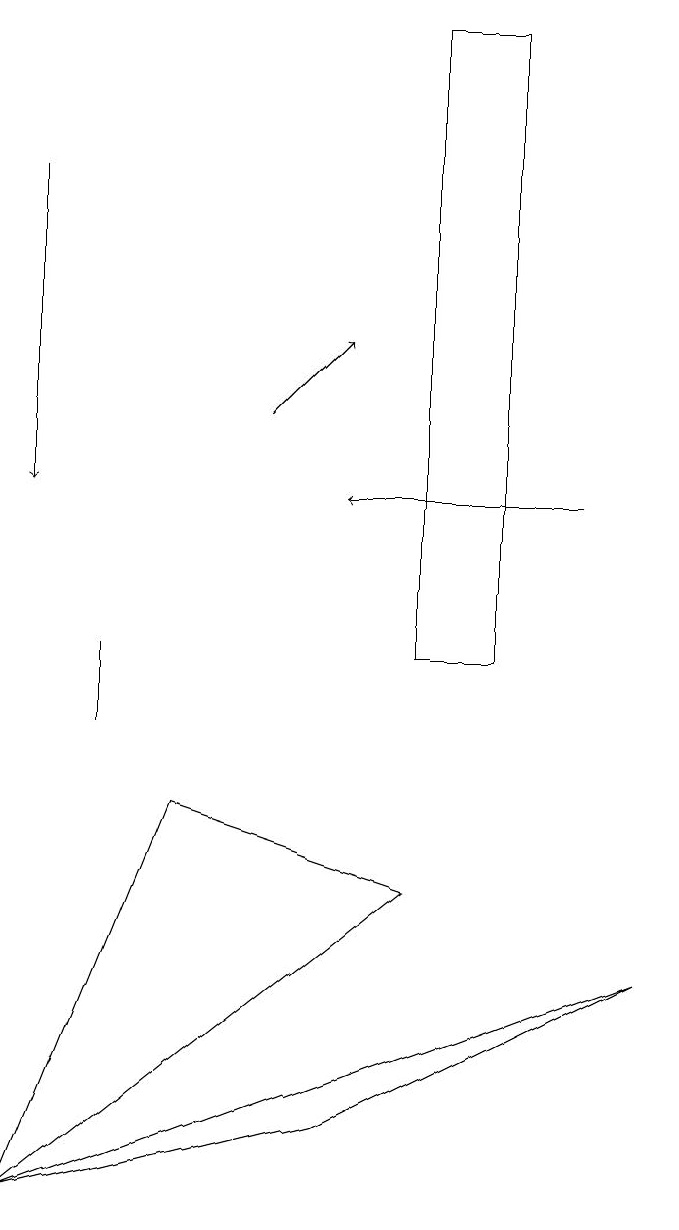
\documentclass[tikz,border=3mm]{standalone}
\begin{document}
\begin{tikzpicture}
\draw (4,5) -- (0,4) -- (8,7) -- cycle;
\draw[->] (7,13) -- (4,13);
\draw[->] (0,17) -- (0,13);
\draw (1,11) rectangle (1,10);
\draw[->] (3,14) -- (4,15);
\draw (6,19) rectangle (5,11);
\draw (2,9) -- (5,8) -- (0,4) -- cycle;
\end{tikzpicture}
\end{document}